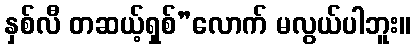
နှစ်လီ တဆယ့်ရှစ်”လောက် မလွယ်ပါဘူး။